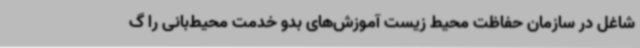
شاغل در سازمان حفاظت محیط‌ زیست آموزش‌های بدو خدمت محیط‌بانی را گ